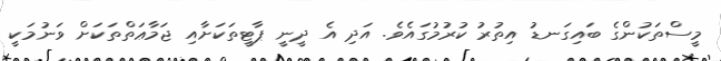
މީސްތަކުންގެ ބައިގަނޑު އިތުރު ކުރުމުގައެވެ. އަދި އެ ދީނީ ޕާޓީތަކަށާއި ޖަމާޢަތްތަކަށް ވަނުމަކީ